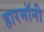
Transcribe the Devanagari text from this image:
हारमॉनी